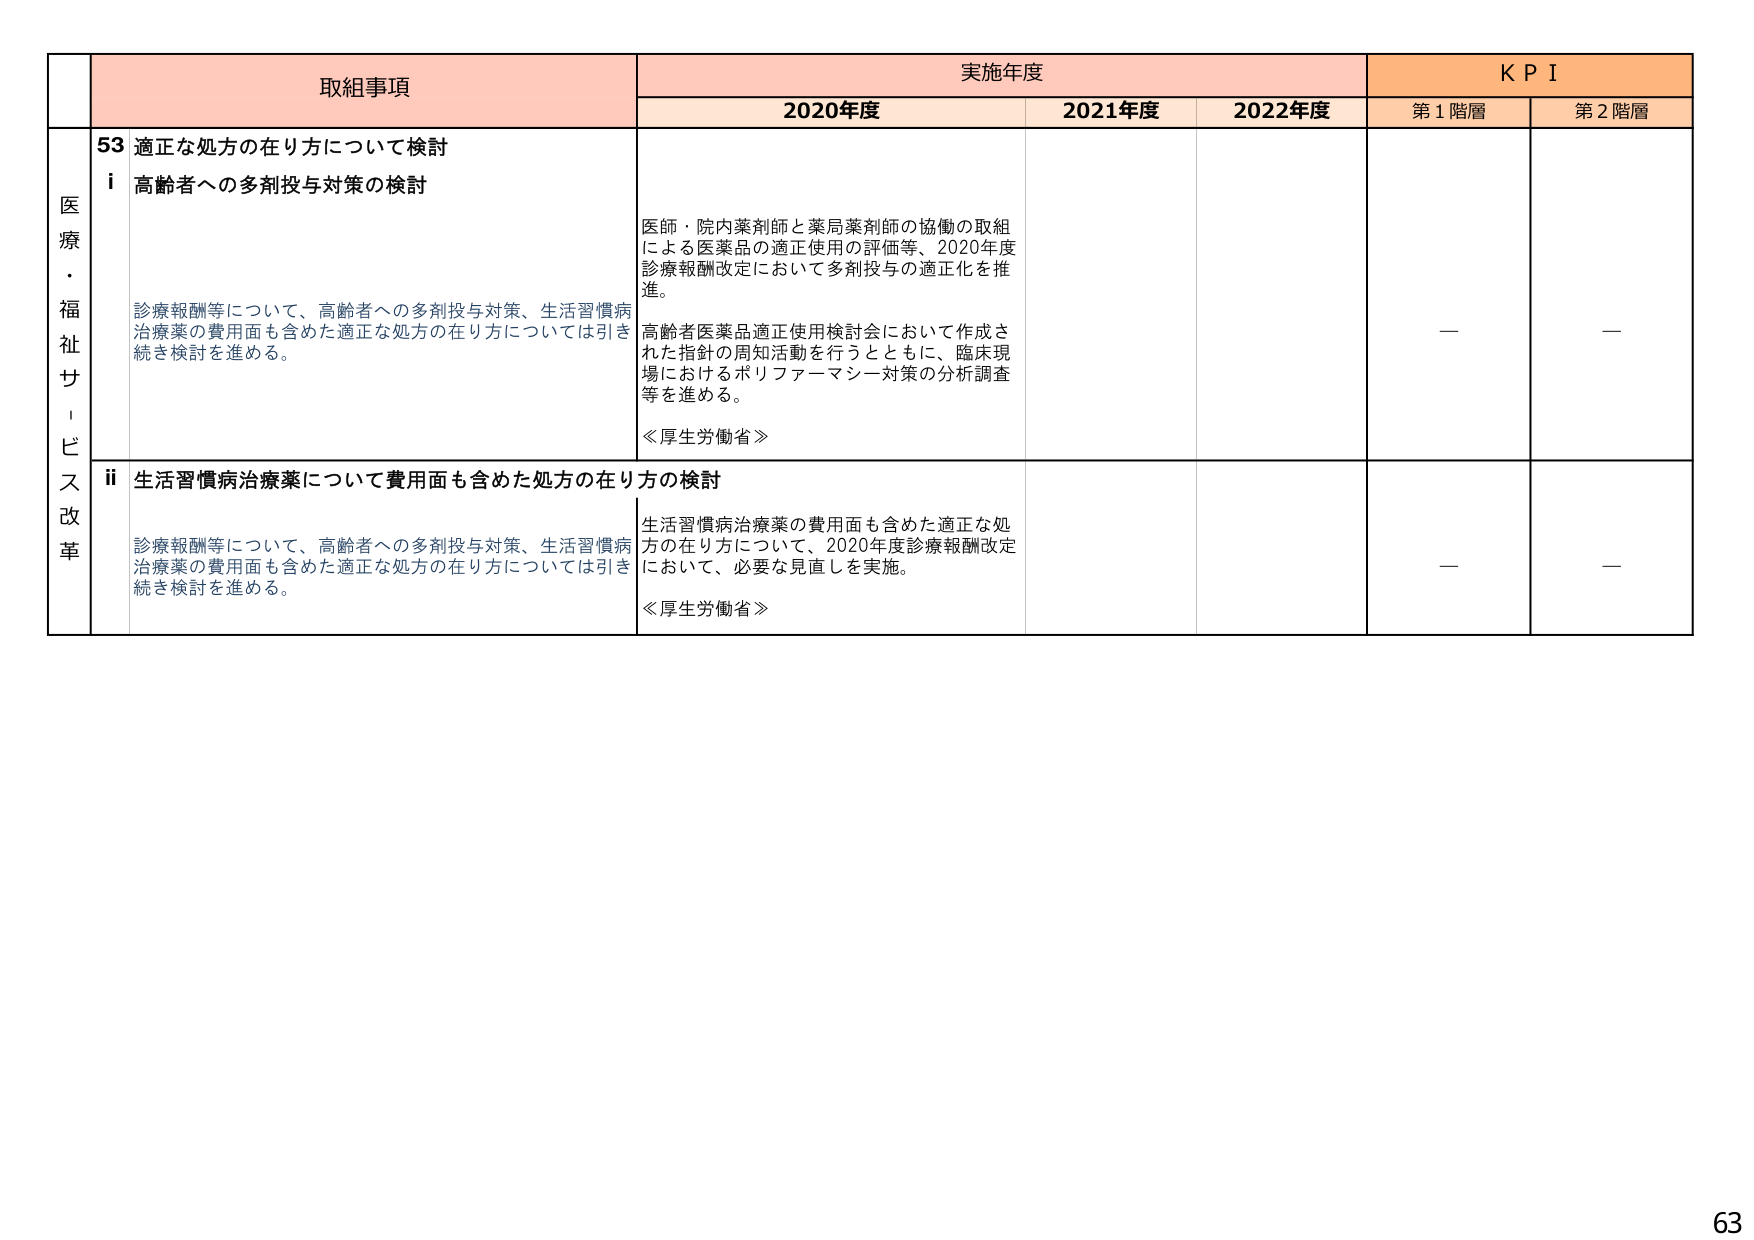
医療・福祉サービス改革
取組事項
実施年度
KPI
2020年度
2021年度
2022年度
第1階層
第2階層
53 適正な処方の在り方について検討
i 高齢者への多剤投与対策の検討
診療報酬等について、高齢者への多剤投与対策、生活習慣病治療薬の費用面も含めた適正な処方の在り方については引き続き検討を進める。
医師・院内薬剤師と薬局薬剤師の協働の取組による医薬品の適正使用の評価等、2020年度診療報酬改定において多剤投与の適正化を推進。
高齢者医薬品適正使用検討会において作成された指針の周知活動を行うとともに、臨床現場におけるポリファーマシー対策の分析調査等を進める。
≪厚生労働省≫
—
—
ii 生活習慣病治療薬について費用面も含めた処方の在り方の検討
診療報酬等について、高齢者への多剤投与対策、生活習慣病治療薬の費用面も含めた適正な処方の在り方については引き続き検討を進める。
生活習慣病治療薬の費用面も含めた適正な処方の在り方について、2020年度診療報酬改定において、必要な見直しを実施。
≪厚生労働省≫
—
—
63